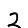
Digit: 2